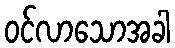
ဝင်လာသောအခါ